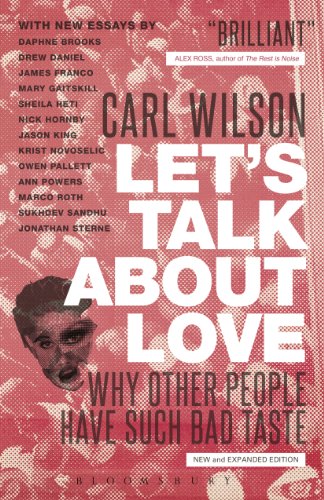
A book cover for Let's Talk About Love: Why Other People Have Such Bad Taste; Carl Wilson; Arts & Photography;